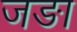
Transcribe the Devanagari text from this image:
जङा